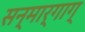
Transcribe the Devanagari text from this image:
सन्मार्गाग्